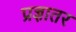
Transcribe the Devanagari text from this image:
प्रज्ञातर